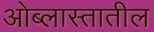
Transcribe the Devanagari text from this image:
ओब्लास्तातील